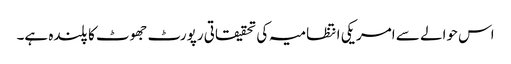
اس حوالے سے امریکی انتظامیہ کی تحقیقاتی رپورٹ جھوٹ کا پلندہ ہے۔